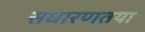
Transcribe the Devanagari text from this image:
सधारणतया